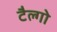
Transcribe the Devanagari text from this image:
टैल्गो